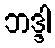
ဘဒ္ဒါ